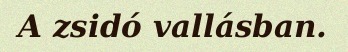
A zsidó vallásban.